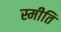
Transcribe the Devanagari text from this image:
स्मीति